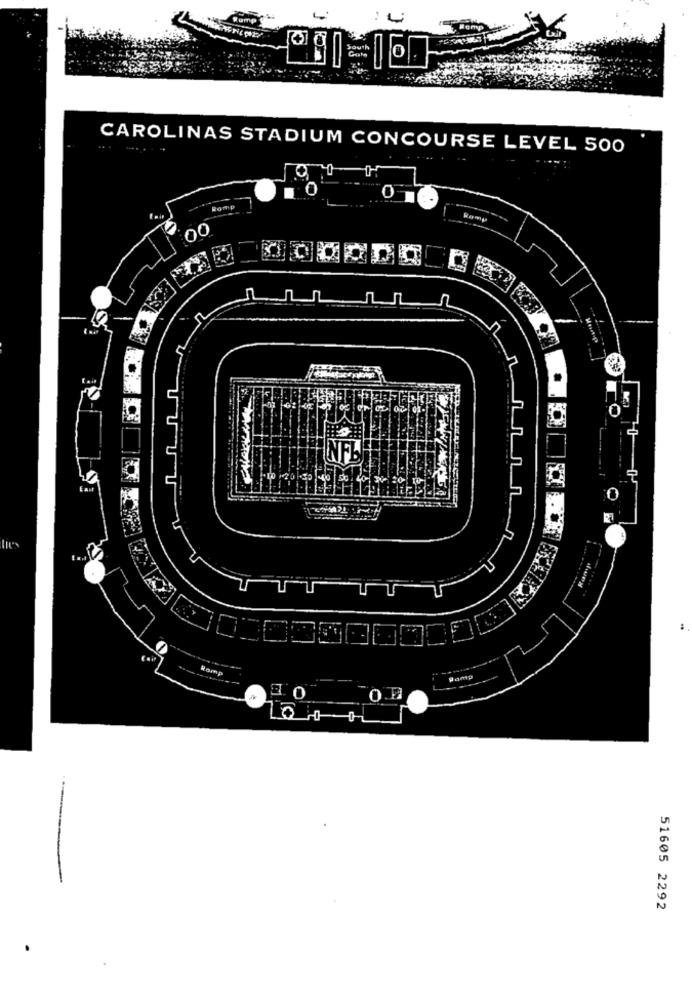
o
CAROLINAS STADIUM CONCOURSE LEVEL 500
O
Romp
00
NFL
40 50
Ramp
3. 0
LOHOL
51605 2292